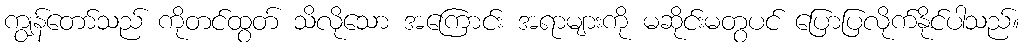
ကျွန်တော်သည် ကိုတင်ထွတ် သိလိုသော အကြောင်း အရာများကို မဆိုင်းမတွပင် ပြောပြလိုက်နိုင်ပါသည်။